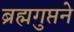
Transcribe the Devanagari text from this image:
ब्रह्मगुप्तने